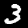
Label: 3